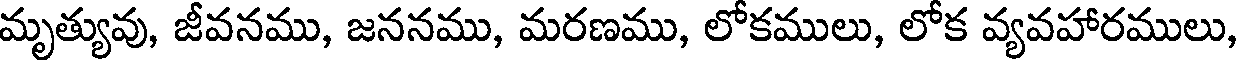
మృత్యువు, జీవనము, జననము, మరణము, లోకములు, లోక వ్యవహారములు,